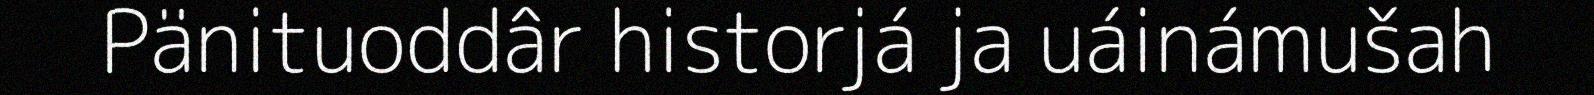
Pänituoddâr historjá ja uáinámušah